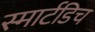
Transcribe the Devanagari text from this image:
स्मार्टडिच